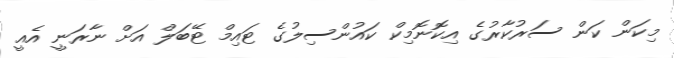
މިކަން ކަން ސަރުކާރުގެ އިކޮނޮމިކް ކައުންސިލުގެ ޓައިމް ޓޭބަލް އަށް ނާރަނީ އެއީ